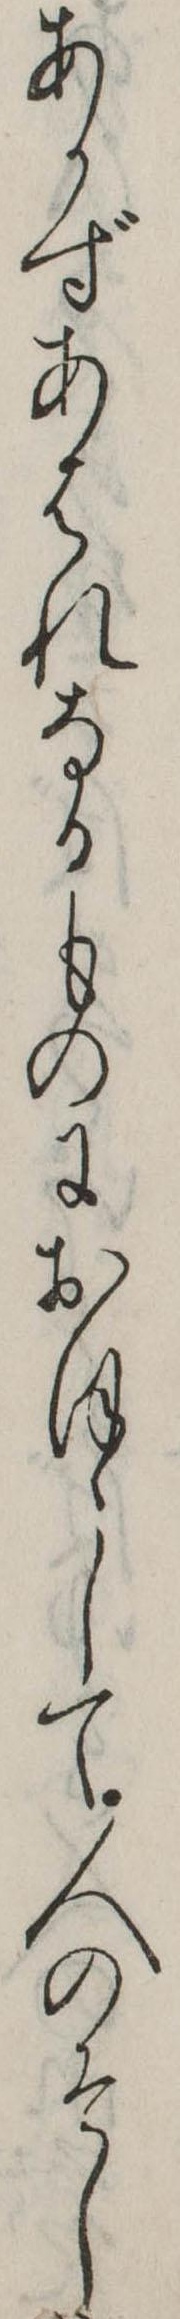
あかずあはれなるものにおほゝして人のそし